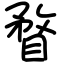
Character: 瞀